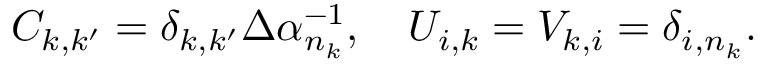
C _ { k , k ^ { \prime } } = \delta _ { k , k ^ { \prime } } \Delta \alpha _ { n _ { k } } ^ { - 1 } , \ \ \ U _ { i , k } = V _ { k , i } = \delta _ { i , n _ { k } } .